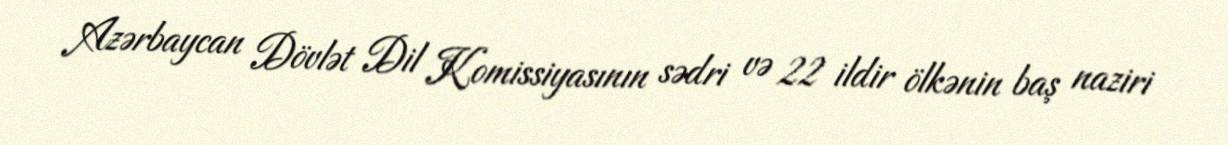
Azərbaycan Dövlət Dil Komissiyasının sədri və 22 ildir ölkənin baş naziri